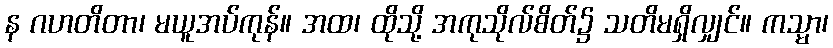
န ဂဟတိတာ၊ မယူအပ်ကုန်။ အထ၊ ထိုသို့ အကုသိုလ်စိတ်၌ သတိမရှိလျှင်။ ကသ္မာ၊